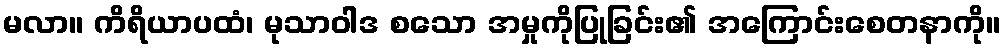
မလာ။ ကိရိယာပထံ၊ မုသာဝါဒ စသော အမှုကိုပြုခြင်း၏ အကြောင်းစေတနာကို။